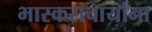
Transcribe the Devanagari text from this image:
भास्कराचार्यांना